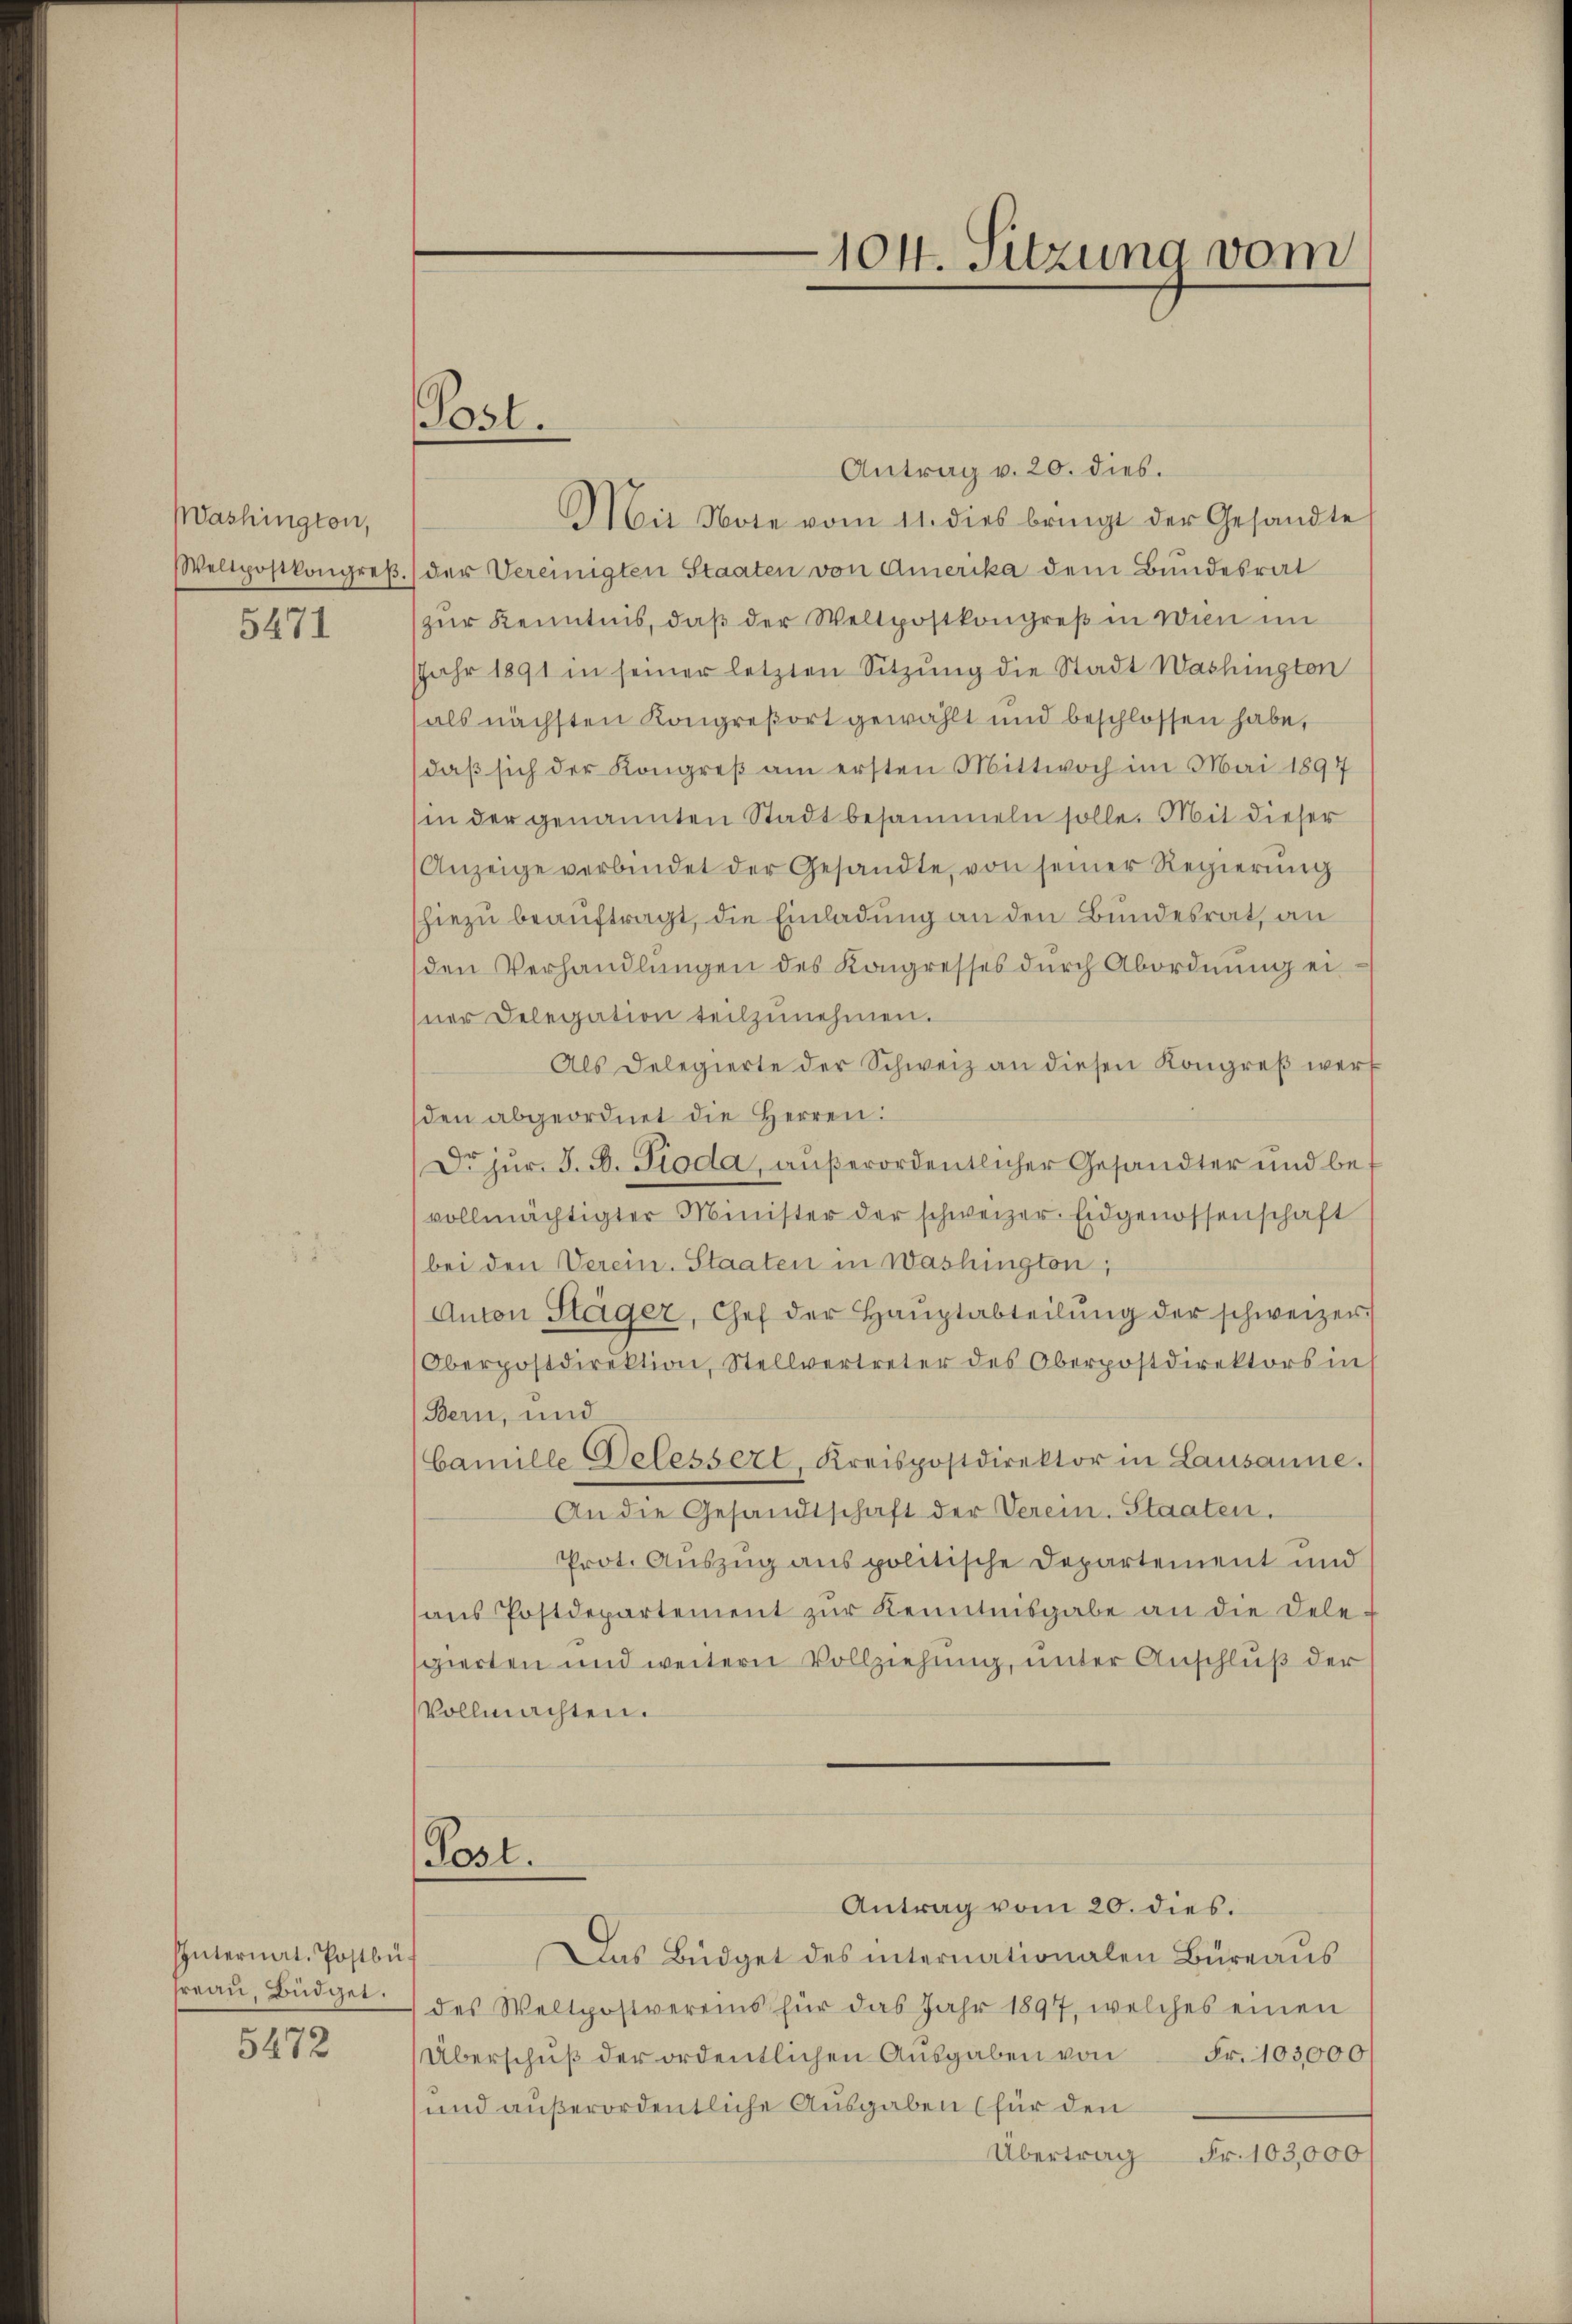
Mashington,
Weltpostkongreß

5471

Internat. Postbü¬
Freau, Büdget.

5472

Post.

104. Sitzung vom

Antrag v. 20. dies.
Mit Note vom 11. dies bringt der Gesandte
der Vereinigten Staaten von Amerika dem Bundesrat
zur Kenntnis, daß der Weltpostkongreß in Wien im
JJahr 1891 in seiner letzten Sitzŭng die Stadt Washington
als nächsten Kongreßort gewählt und beschlossen habe,
daβ sich der Kongreß am ersten Mittwoch im Mai 1897
in der genannten Stadt besammeln solle. Mit dieser
Anzeige verbindet der Gesandte, von seiner Regierŭng
hiezu beauftragt, die Einladung an den Bundesrat, an
den Verhandlungen des Kongresses durch Abordnung ei
ner Delegation teilzŭnehmen.
Als Delegierte der Schweiz an diesen Kongreß werf
den abgeordnet die Herren:
Dr jur. J. B. Pioda, außerordentlicher Gesandter und bevollmächtigter Minister der schweizer. Eidgenossenschaft
bei den Verein. Staaten in Washington,
Anton Stäger, Chef der Haŭptabteilŭng der schweizer
Oberpostdirektion, Stellvertreter des Oberpostdirektors in
Bern, und
Camille Delessert, Kreispostdirektor in Lausanne.
An die Gesandtschaft der Verein-Staaten.
Prot. Auszug aus politische Departement und
aus Postdepartement zur Kenntnisgabe an die Dele
sgierten und weitern Vollziehung, unter Anschluß der
Vollmachten.
Post.
Antrag vom 20. dies.
Das Büdget des internationalen Büreaŭs
des Weltpostvereins für das Jahr 1897, welches einen
Überschŭβ der ordentlichen Ausgaben von Fr. 103000
und außerordentliche Ausgaben (für den
Übertrag
Fr. 103,000